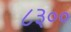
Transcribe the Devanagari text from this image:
८३००